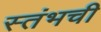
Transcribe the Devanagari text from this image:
स्तंभची